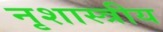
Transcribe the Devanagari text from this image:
नृशास्त्रीय